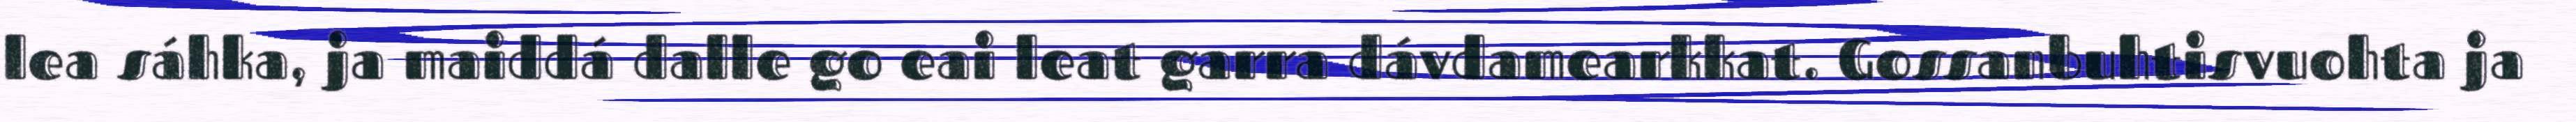
lea sáhka, ja maiddá dalle go eai leat garra dávdamearkkat. Gossanbuhtisvuohta ja